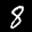
Label: 8